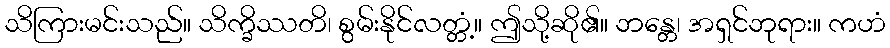
သိကြားမင်းသည်။ သိက္ခိဿတိ၊ စွမ်းနိုင်လတ္တံ့။ ဤသို့ဆို၏။ ဘန္တေ၊ အရှင်ဘုရား။ ကဟံ